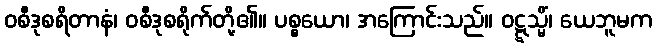
ဝစီဒုစရိတာနံ၊ ဝစီဒုစရိုက်တို့၏။ ပစ္စယော၊ အကြောင်းသည်။ ဝဋ္ဋသ္မိံ၊ ယေဘူမက